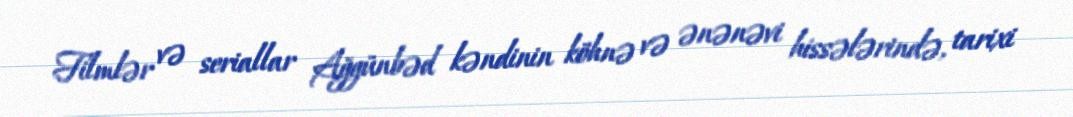
Filmlər və seriallar Ağgünbəd kəndinin köhnə və ənənəvi hissələrində, tarixi